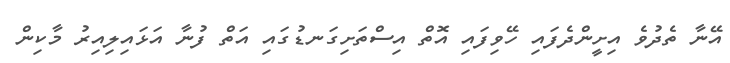
އޭނާ ތެދުވެ އިށީންދެފައި ހޭވިފައި އޮތް އިސްތަށިގަނޑުގައި އަތް ފުނާ އަޅައިލިއިރު މާކިން